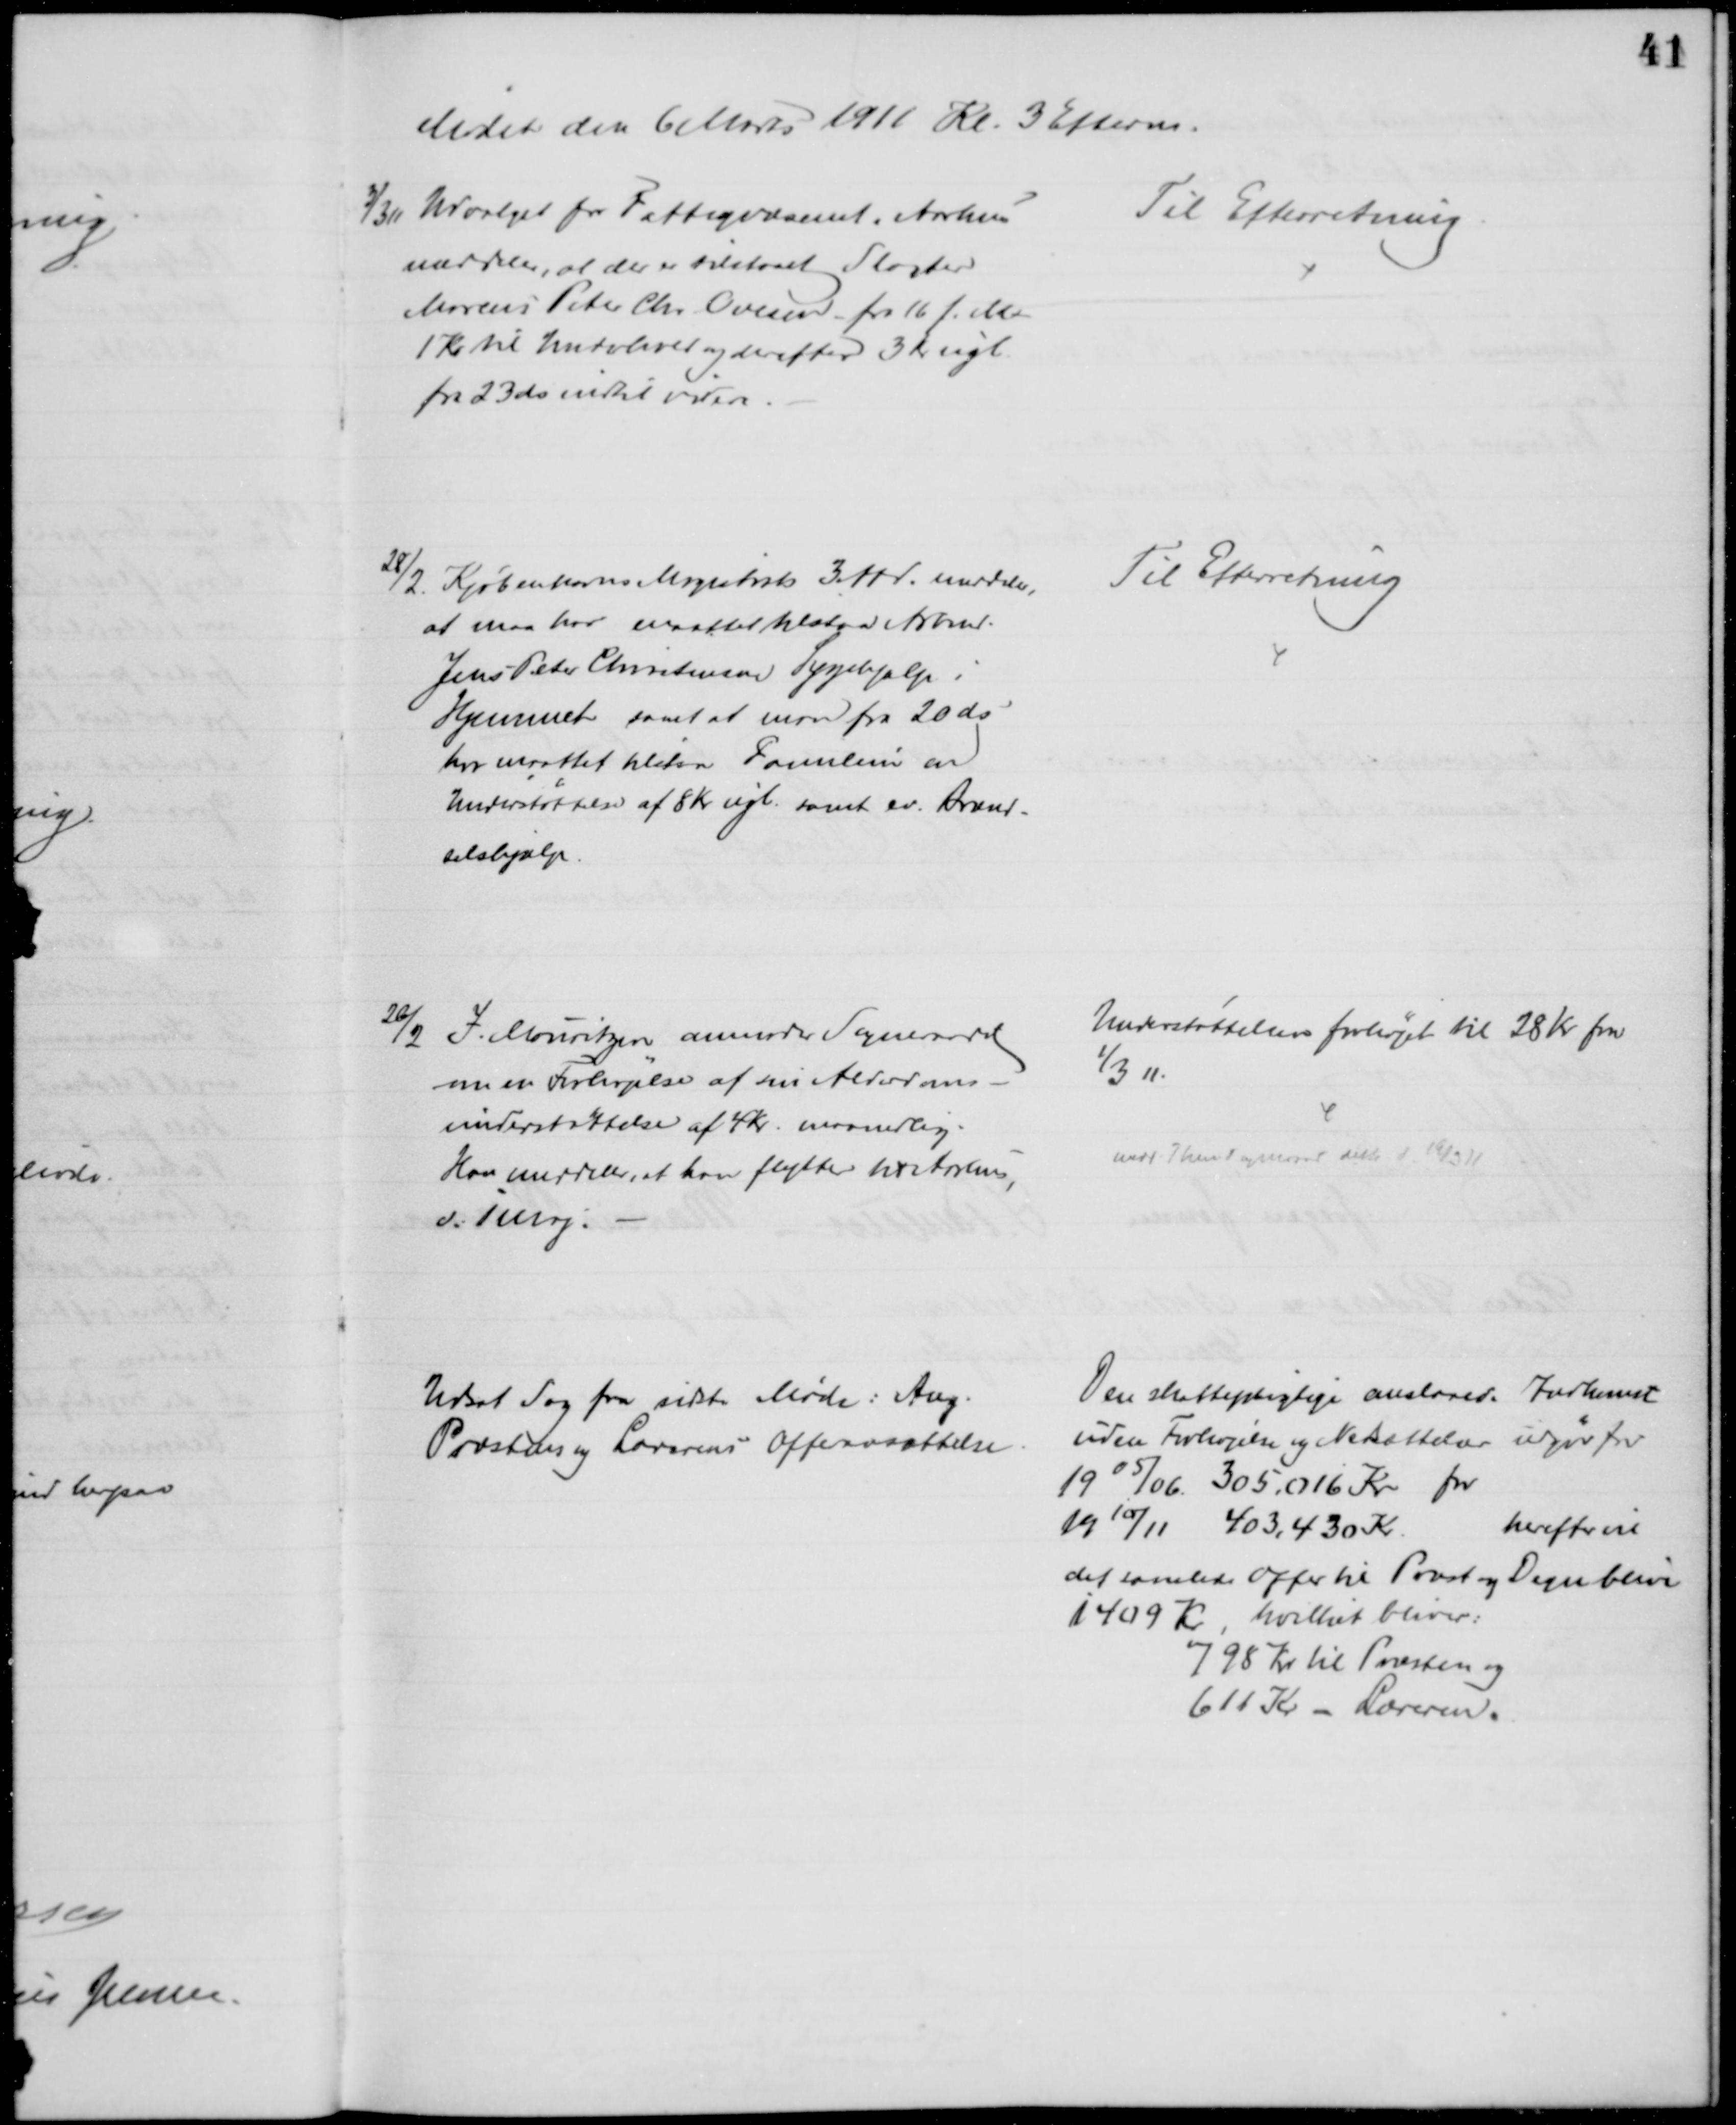
Transskription:
Mødet den 6 Marts 1911 Kl. 3 Efterm.
3/3 11 Udvalget for Fattigvæsenet i Aarhus
meddeler, at der er tilstaaet Slagter
Marcus Peter Chr. Ovesen fra 16 f. M.
1 Kr til Underhold og derefter 3 Kr ugl.
fra 23 ds indtil videre.
Til Efterretning
28/2. Kjøbenhavns Magistrats 3 Afd. meddeler,
at man har maattet tilstaa Arbmd.
Jens Peter Christensen Sygehjælp i
Hjemmet samt at man fra 20 ds.
har maattet tilstaa Familien en
Understøttelse af 8 Kr ugl. samt ev. Brænd-
selshjælp
Til Efterretning
26/2 J. Mouritzen anmoder Sogneraadet
om en Forhøjelse af sin Alderdoms-
understøttelse af 4 Kr. maanedlig.
Han meddeler, at han flytter til Aarhus,
d. 1 Maj.
Understøttelsen forhøjet til 28 Kr fra
1/3 11.
medd. Them Sogneraad dette d. 19/3 11
Udsat Sag fra sidste Møde: Ang.
Præstens og Lærerens Offersættelse
Den skattepligtige anslaaede Indkomst
uden Forhøjelse og Nedsættelser udgør for
1905/06 305,016 Kr for
1910/11 403,430 Kr
herefter vil
det samlede Offer til Præst og Degn blive
1409 Kr, hvilket bliver:
798 Kr til Præsten og
611 Kr - Læreren.